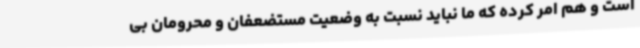
است و هم امر کرده که ما نباید نسبت به وضعیت مستضعفان و محرومان بی